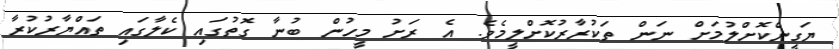
ޔަގީންކޮށްލުމަށް ނަން ތަކުރާރުކޮށްލީމެވެ. އެ ރަށު މީހުން ބުނާ ގޮތުގައި ކެލާގައި ތައްޔާރުކުރާ